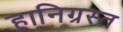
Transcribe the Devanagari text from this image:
हानिग्रस्त